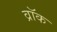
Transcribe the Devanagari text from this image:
व्रॉक